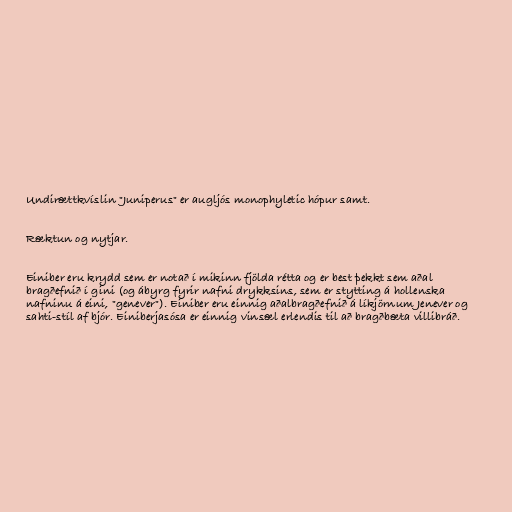
Undirættkvíslin "Juniperus" er augljós monophyletic hópur samt.

Ræktun og nytjar.

Einiber eru krydd sem er notað í mikinn fjölda rétta og er best þekkt sem aðal
bragðefnið í gini (og ábyrg fyrir nafni drykksins, sem er stytting á hollenska
nafninu á eini, "genever"). Einiber eru einnig aðalbragðefnið á líkjörnum Jenever og
sahti-stíl af bjór. Einiberjasósa er einnig vinsæl erlendis til að bragðbæta villibráð.